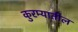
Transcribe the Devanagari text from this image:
कुरम्यातील